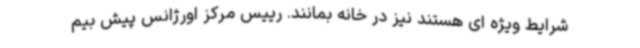
شرایط ویژه ای هستند نیز در خانه بمانند. رییس مرکز اورژانس پیش بیم